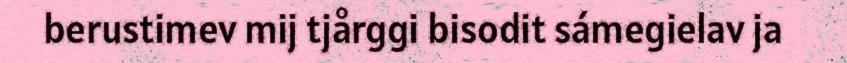
berustimev mij tjårggi bisodit sámegielav ja